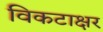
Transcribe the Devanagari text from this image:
विकटाक्षर